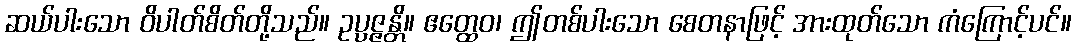
ဆယ်ပါးသော ဝိပါတ်စိတ်တို့သည်။ ဥပ္ပဇ္ဇန္တိ။ ဧတ္ထေဝ၊ ဤတစ်ပါးသော စေတနာဖြင့် အားထုတ်သော ကံကြောင့်ပင်။